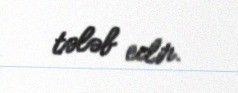
tələb edir.